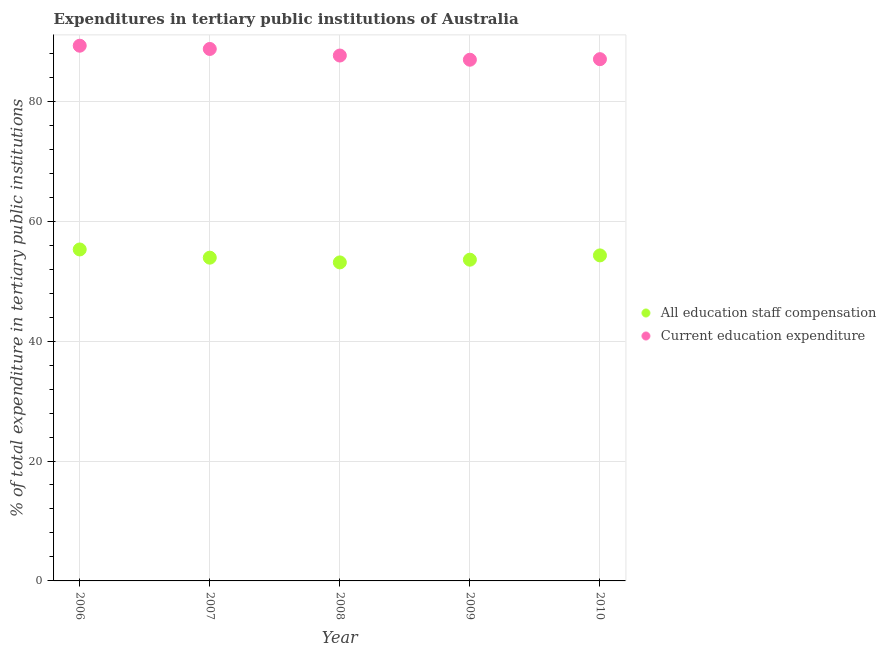
| Year | All education staff compensation | Current education expenditure |
 | --- | --- | --- |
 | 2006 | 55.3 | 89.3 |
 | 2007 | 53.9 | 88.7 |
 | 2008 | 53.1 | 87.6 |
 | 2009 | 53.6 | 86.9 |
 | 2010 | 54.3 | 87 |